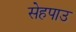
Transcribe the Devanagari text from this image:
सेहपाउ